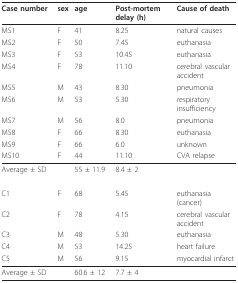
<table><thead><tr><td><b>Case number</b></td><td><b>sex</b></td><td><b>age</b></td><td><b>Post-mortem delay (h)</b></td><td><b>Cause of death</b></td></tr></thead><tbody><tr><td>MS1</td><td>F</td><td>41</td><td>8.25</td><td>natural causes</td></tr><tr><td>MS2</td><td>F</td><td>50</td><td>7.45</td><td>euthanasia</td></tr><tr><td>MS3</td><td>F</td><td>53</td><td>10.45</td><td>euthanasia</td></tr><tr><td>MS4</td><td>F</td><td>78</td><td>11.10</td><td>cerebral vascular accident</td></tr><tr><td>MS5</td><td>M</td><td>43</td><td>8.30</td><td>pneumonia</td></tr><tr><td>MS6</td><td>M</td><td>53</td><td>5.30</td><td>respiratory insufficiency</td></tr><tr><td>MS7</td><td>M</td><td>56</td><td>8.0</td><td>pneumonia</td></tr><tr><td>MS8</td><td>F</td><td>66</td><td>8.30</td><td>euthanasia</td></tr><tr><td>MS9</td><td>F</td><td>66</td><td>6.0</td><td>unknown</td></tr><tr><td>MS10</td><td>F</td><td>44</td><td>11.10</td><td>CVA relapse</td></tr><tr><td>Average ± SD</td><td></td><td>55 ± 11.9</td><td>8.4 ± 2</td><td></td></tr><tr><td>C1</td><td>F</td><td>68</td><td>5.45</td><td>euthanasia (cancer)</td></tr><tr><td>C2</td><td>F</td><td>78</td><td>4.15</td><td>cerebral vascular accident</td></tr><tr><td>C3</td><td>M</td><td>48</td><td>5.30</td><td>euthanasia</td></tr><tr><td>C4</td><td>M</td><td>53</td><td>14.25</td><td>heart failure</td></tr><tr><td>C5</td><td>M</td><td>56</td><td>9.15</td><td>myocardial infarct</td></tr><tr><td>Average ± SD</td><td></td><td>60.6 ± 12</td><td>7.7 ± 4</td><td></td></tr></tbody></table>